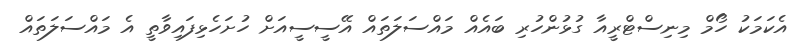
އެކަމަކު ހޯމް މިނިސްޓްރީއާ ގުޅުންހުރި ބައެއް މައްސަލަތައް އޭސީސީއަށް ހުށަހެޅިފައިވާތީ އެ މައްސަލަތައް